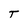
Character: T